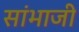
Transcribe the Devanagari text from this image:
सांभाजी